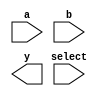
module mux1_32( a, b, select, y);
	input	[31:0]	a;
	input	[31:0]	b;
	input			select;

	output	[31:0]	y;

	assign mux_out = (select) ? a : b;

endmodule